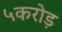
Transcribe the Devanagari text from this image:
५करोड़